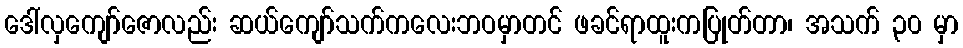
ဒေါ်လှကျော်ဇောလည်း ဆယ်ကျော်သက်ကလေးဘဝမှာတင် ဖခင်ရာထူးကပြုတ်တာ၊ အသက် ၃၀ မှာ